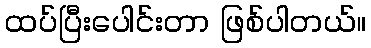
ထပ်ပြီးပေါင်းတာ ဖြစ်ပါတယ်။